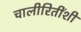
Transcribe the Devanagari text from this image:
चालीरितींशी